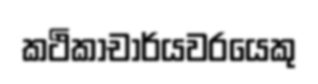
කථිකාචාර්යවරයෙකු